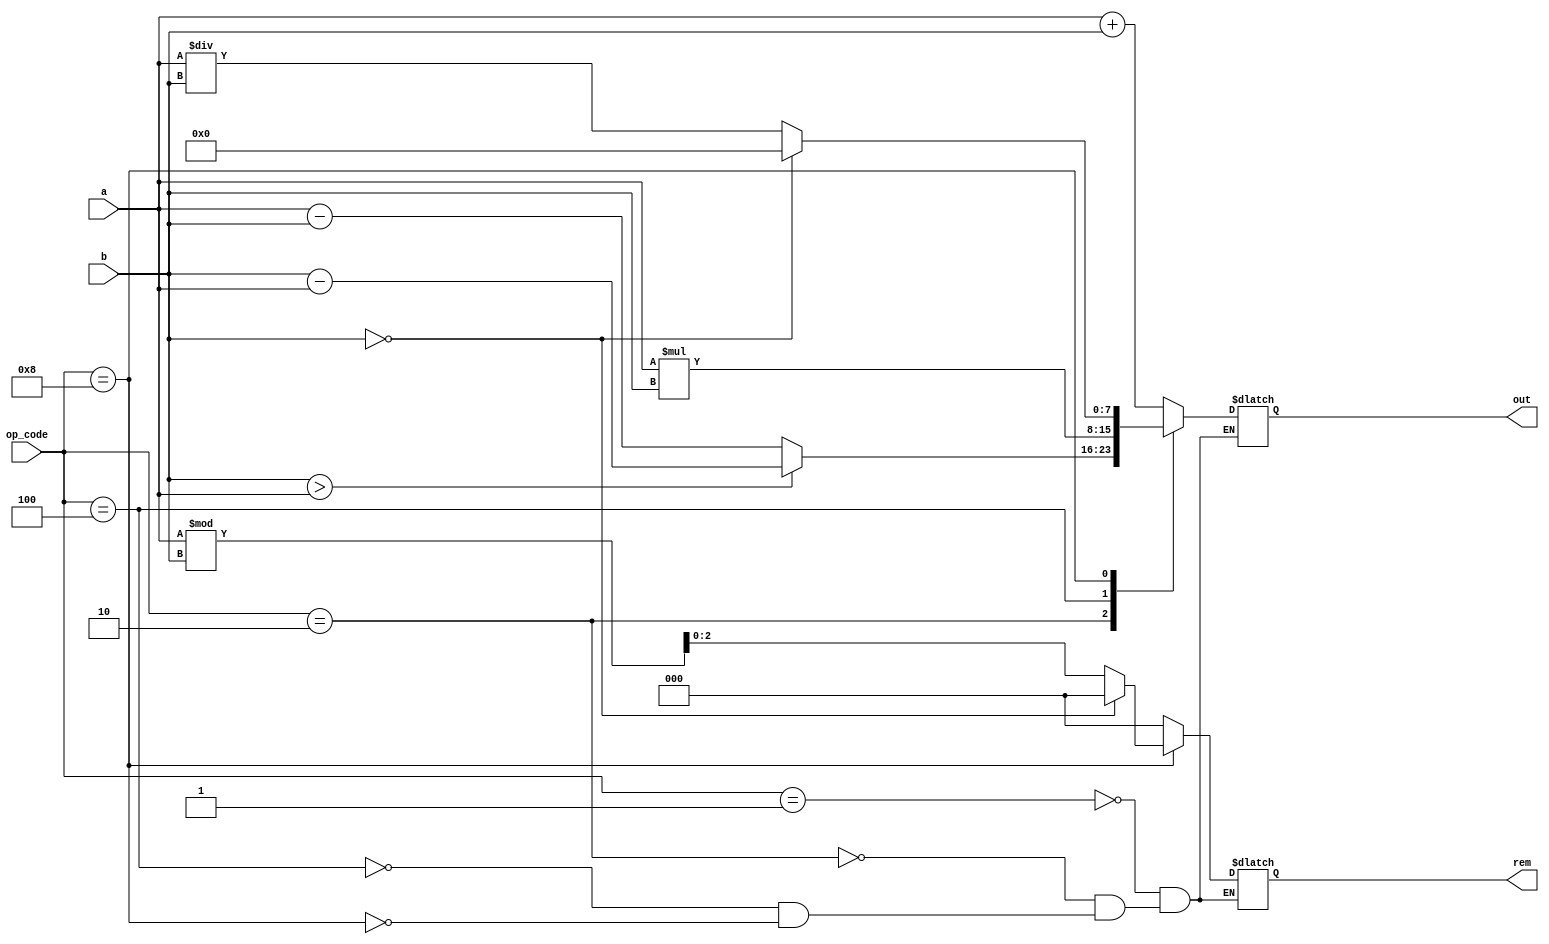
`timescale 1ns / 1ps
//////////////////////////////////////////////////////////////////////////////////
// Company: 
// Engineer: 
// 
// Design Name: 
// Module Name: eight_bit_alu
// Project Name: 
// Target Devices: 
// Tool Versions: 
// Description: 
// 
// Dependencies: 
// 
// Revision:
// Revision 0.01 - File Created
// Additional Comments:
// 
//////////////////////////////////////////////////////////////////////////////////


module eight_bit_alu(
input [7:0] a,
input [7:0] b,
input [10:0] op_code,
output reg [7:0] out,//should we save result for cumulative operations?
output reg [2:0] rem
    );
//reg [2:0] remainder=0;
wire [7:0] out_add, out_sub, out_mult,  out_div;
//wire add_c_out;
//eight_bit_adder EBA(.a(a), .b(b), .c_in(0), .out(out_add), .c_out(add_c_out));
assign out_add = a+b;
assign out_sub = a-b;
assign out_mult = a*b;
assign out_div = a/b;//just display "a / b" on 7 seg if fraction exist
//or display remainder "q  r8"
always@(*)begin
    case(op_code)
        11'b00000000001:begin out <=out_add; rem=0; end
        11'b00000000010:begin 
        out <=out_sub; rem<=0;
        if(b>a) out<=b-a;
         end
        11'b00000000100:begin out <=out_mult; rem=0; end
        11'b00000001000:begin 
        out <=out_div; 
        rem<=a%b;
        if(b==0) begin 
        out<=0; rem<=0;end
         end
    endcase
end


//arithmetic


endmodule